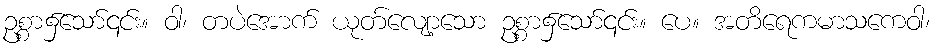
ဥစ္စာ၌သော်၎င်း။ ဝါ၊ တပဲအောက် ယုတ်လျော့သော ဥစ္စာ၌သော်၎င်း။ ပေ။ အတိရေကမာသကေဝါ၊